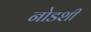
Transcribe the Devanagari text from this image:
नोडशी